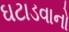
ઘટાડવાનો